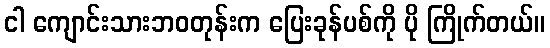
ငါ ကျောင်းသားဘဝတုန်းက ပြေးခုန်ပစ်ကို ပို ကြိုက်တယ်။